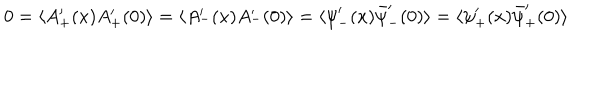
0 = \langle A _ { + } ^ { \prime } ( x ) A _ { + } ^ { \prime } ( 0 ) \rangle = \langle A _ { - } ^ { \prime } ( x ) A _ { - } ^ { \prime } ( 0 ) \rangle = \langle { \psi } _ { - } ^ { \prime } ( x ) \bar { \psi } _ { - } ^ { \prime } ( 0 ) \rangle = \langle { \psi } _ { + } ^ { \prime } ( x ) \bar { \psi } _ { + } ^ { \prime } ( 0 ) \rangle